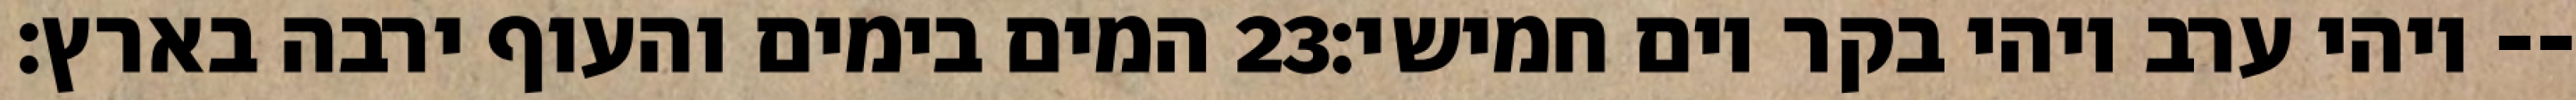
המים בימים והעוף ירבה בארץ׃ ‎23‏ ויהי ערב ויהי בקר יום חמישי׃--